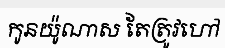
កូនយ៉ូណាស តែត្រូវហៅ